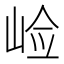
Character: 崄